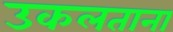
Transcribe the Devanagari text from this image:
उकलताना